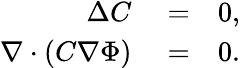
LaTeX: \begin{array}{rlr}{\Delta C}&{{}=}&{0,}\\ {\nabla\cdot\left(C\nabla\Phi\right)}&{{}=}&{0.}\end{array}